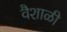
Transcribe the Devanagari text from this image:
वैशाळी